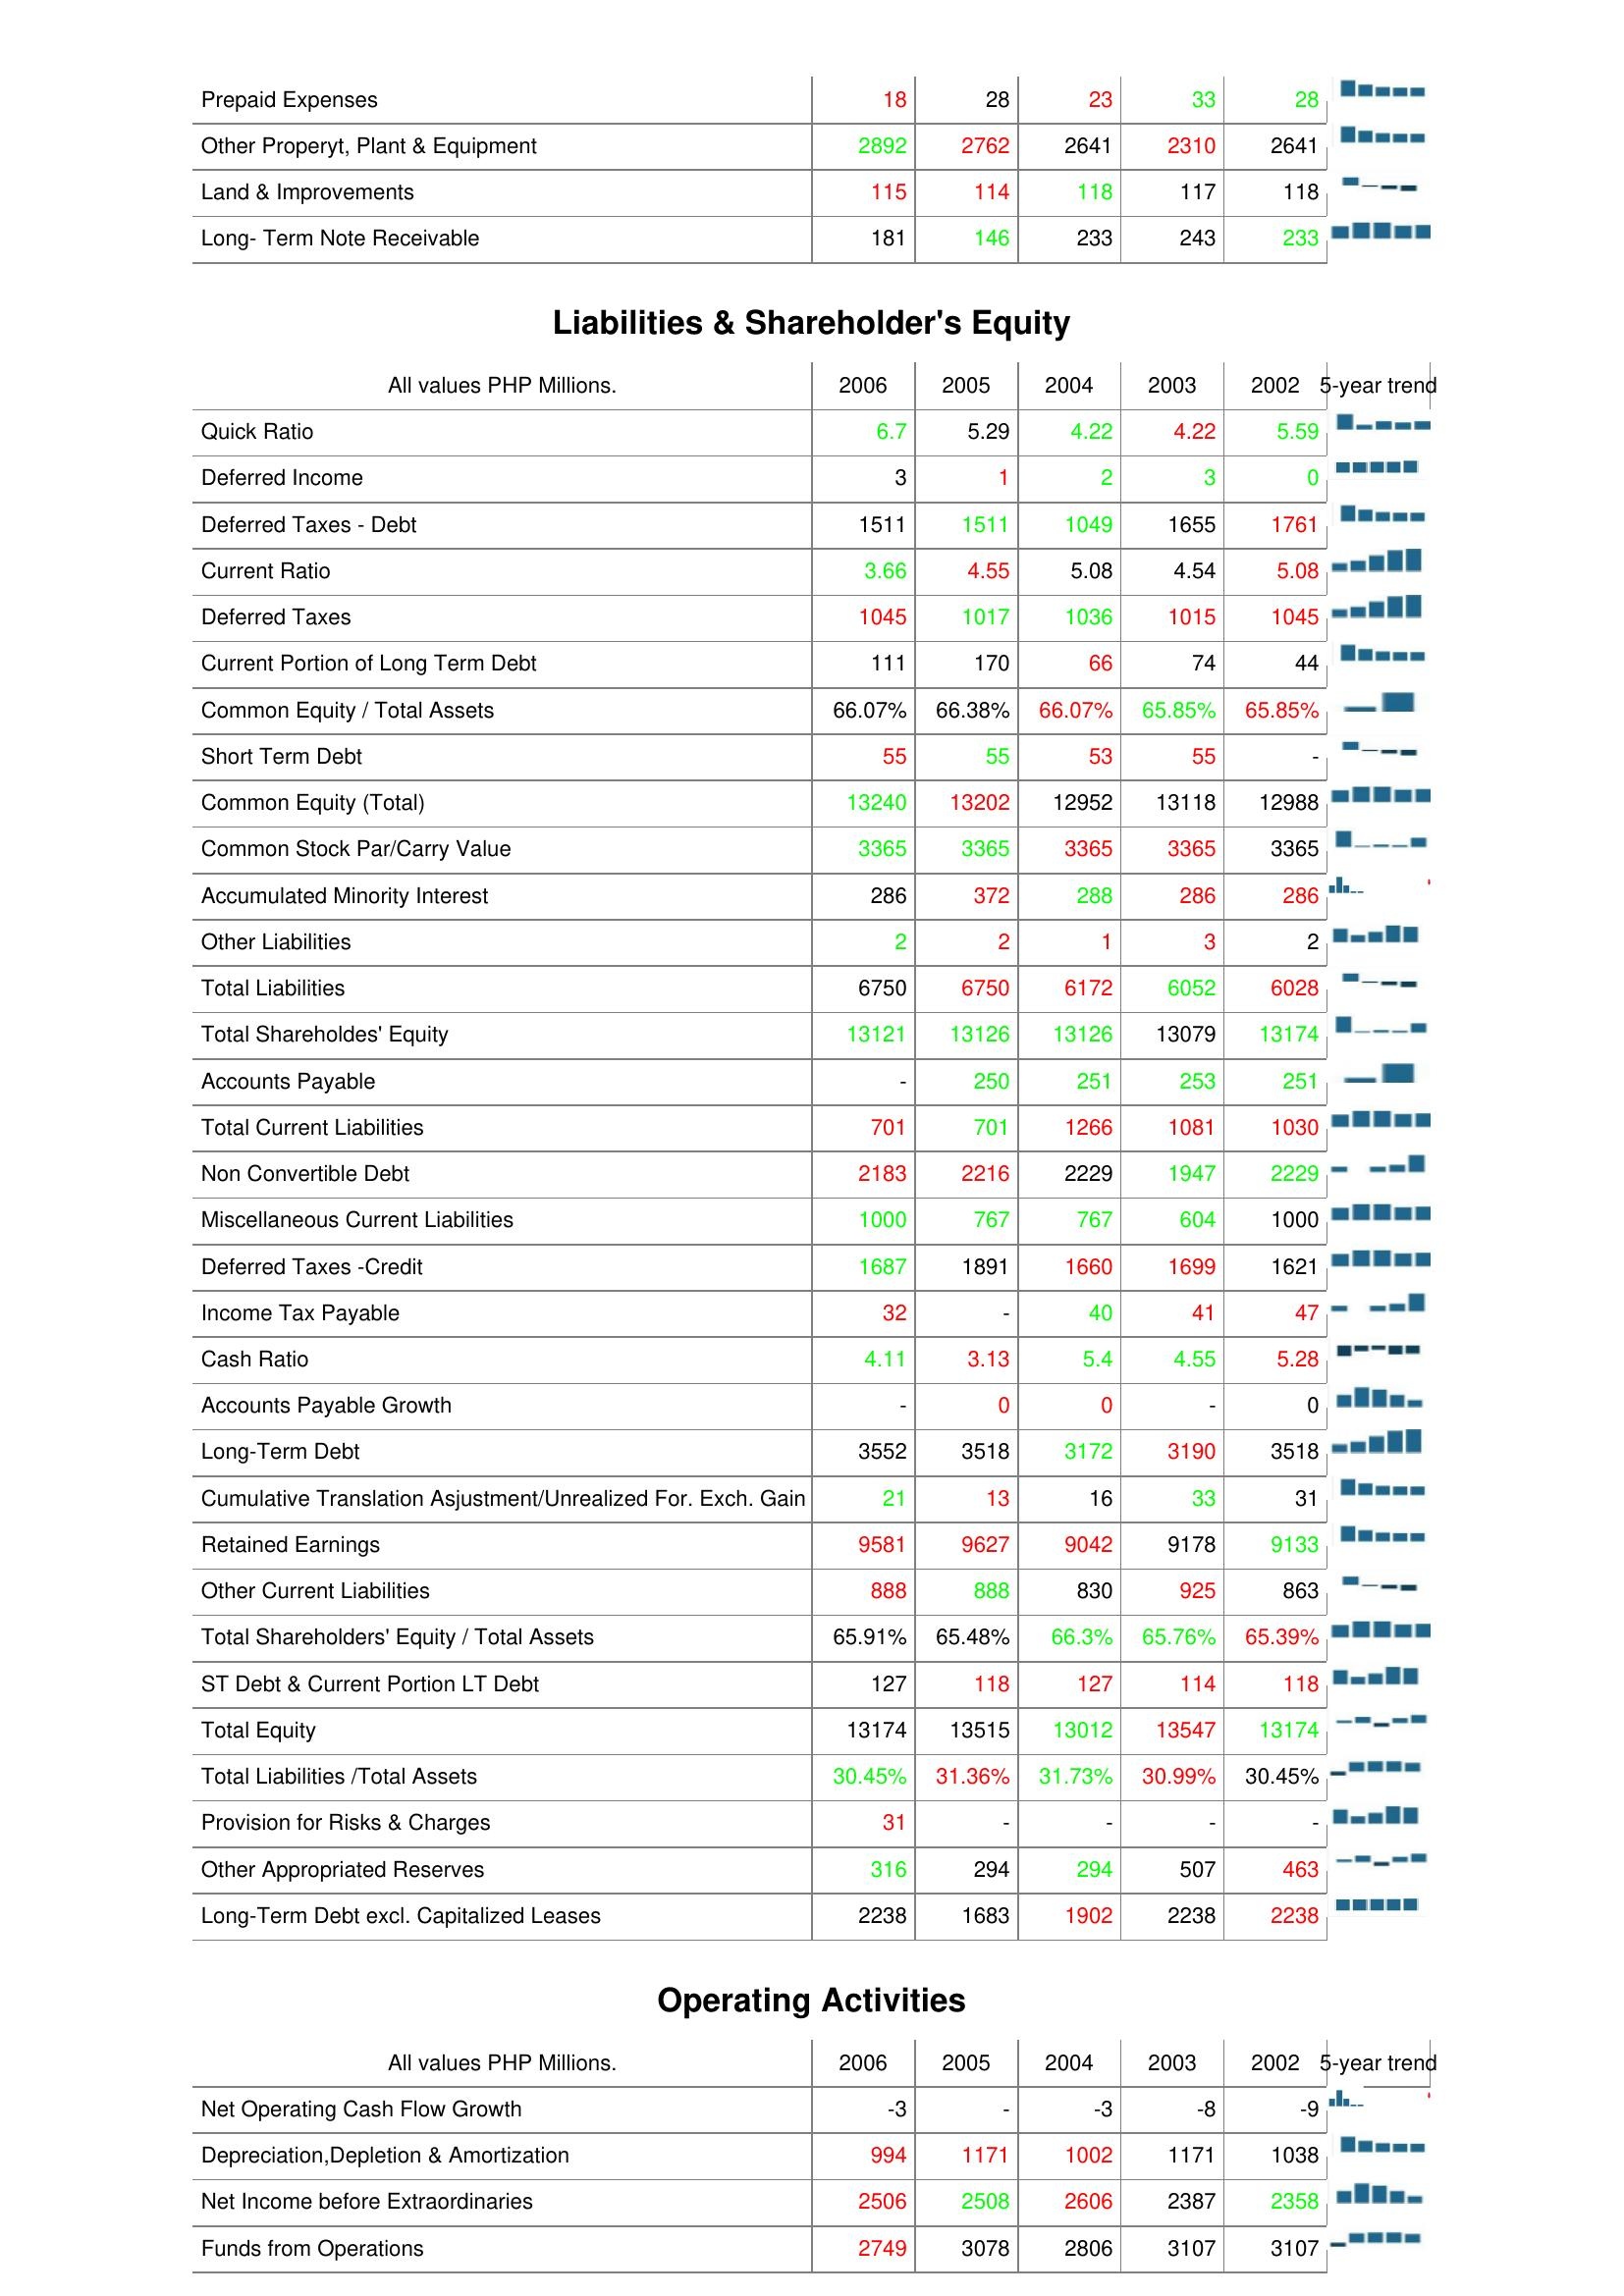
2006: Assets: Prepaid Expenses: 18
Other Properyt, Plant & Equipment: 2892
Land & Improvements: 115
Long- Term Note Receivable: 181
Liabilities & Shareholder's Equity: Quick Ratio: 6.7
Deferred Income: 3
Deferred Taxes - Debt: 1511
Current Ratio: 3.66
Deferred Taxes: 1045
Current Portion of Long Term Debt: 111
Common Equity / Total Assets: 66.07%
Short Term Debt: 55
Common Equity (Total): 13240
Common Stock Par/Carry Value: 3365
Accumulated Minority Interest: 286
Other Liabilities: 2
Total Liabilities: 6750
Total Shareholdes' Equity: 13121
Accounts Payable: -
Total Current Liabilities: 701
Non Convertible Debt: 2183
Miscellaneous Current Liabilities: 1000
Deferred Taxes -Credit: 1687
Income Tax Payable: 32
Cash Ratio: 4.11
Accounts Payable Growth: -
Long-Term Debt: 3552
Cumulative Translation Asjustment/Unrealized For. Exch. Gain: 21
Retained Earnings: 9581
Other Current Liabilities: 888
Total Shareholders' Equity / Total Assets: 65.91%
ST Debt & Current Portion LT Debt: 127
Total Equity: 13174
Total Liabilities /Total Assets: 30.45%
Provision for Risks & Charges: 31
Other Appropriated Reserves: 316
Long-Term Debt excl. Capitalized Leases: 2238
Operating Activities: Net Operating Cash Flow Growth: -3
Depreciation,Depletion & Amortization: 994
Net Income before Extraordinaries: 2506
Funds from Operations: 2749
2005: Assets: Prepaid Expenses: 28
Other Properyt, Plant & Equipment: 2762
Land & Improvements: 114
Long- Term Note Receivable: 146
Liabilities & Shareholder's Equity: Quick Ratio: 5.29
Deferred Income: 1
Deferred Taxes - Debt: 1511
Current Ratio: 4.55
Deferred Taxes: 1017
Current Portion of Long Term Debt: 170
Common Equity / Total Assets: 66.38%
Short Term Debt: 55
Common Equity (Total): 13202
Common Stock Par/Carry Value: 3365
Accumulated Minority Interest: 372
Other Liabilities: 2
Total Liabilities: 6750
Total Shareholdes' Equity: 13126
Accounts Payable: 250
Total Current Liabilities: 701
Non Convertible Debt: 2216
Miscellaneous Current Liabilities: 767
Deferred Taxes -Credit: 1891
Income Tax Payable: -
Cash Ratio: 3.13
Accounts Payable Growth: 0
Long-Term Debt: 3518
Cumulative Translation Asjustment/Unrealized For. Exch. Gain: 13
Retained Earnings: 9627
Other Current Liabilities: 888
Total Shareholders' Equity / Total Assets: 65.48%
ST Debt & Current Portion LT Debt: 118
Total Equity: 13515
Total Liabilities /Total Assets: 31.36%
Provision for Risks & Charges: -
Other Appropriated Reserves: 294
Long-Term Debt excl. Capitalized Leases: 1683
Operating Activities: Net Operating Cash Flow Growth: -
Depreciation,Depletion & Amortization: 1171
Net Income before Extraordinaries: 2508
Funds from Operations: 3078
2004: Assets: Prepaid Expenses: 23
Other Properyt, Plant & Equipment: 2641
Land & Improvements: 118
Long- Term Note Receivable: 233
Liabilities & Shareholder's Equity: Quick Ratio: 4.22
Deferred Income: 2
Deferred Taxes - Debt: 1049
Current Ratio: 5.08
Deferred Taxes: 1036
Current Portion of Long Term Debt: 66
Common Equity / Total Assets: 66.07%
Short Term Debt: 53
Common Equity (Total): 12952
Common Stock Par/Carry Value: 3365
Accumulated Minority Interest: 288
Other Liabilities: 1
Total Liabilities: 6172
Total Shareholdes' Equity: 13126
Accounts Payable: 251
Total Current Liabilities: 1266
Non Convertible Debt: 2229
Miscellaneous Current Liabilities: 767
Deferred Taxes -Credit: 1660
Income Tax Payable: 40
Cash Ratio: 5.4
Accounts Payable Growth: 0
Long-Term Debt: 3172
Cumulative Translation Asjustment/Unrealized For. Exch. Gain: 16
Retained Earnings: 9042
Other Current Liabilities: 830
Total Shareholders' Equity / Total Assets: 66.3%
ST Debt & Current Portion LT Debt: 127
Total Equity: 13012
Total Liabilities /Total Assets: 31.73%
Provision for Risks & Charges: -
Other Appropriated Reserves: 294
Long-Term Debt excl. Capitalized Leases: 1902
Operating Activities: Net Operating Cash Flow Growth: -3
Depreciation,Depletion & Amortization: 1002
Net Income before Extraordinaries: 2606
Funds from Operations: 2806
2003: Assets: Prepaid Expenses: 33
Other Properyt, Plant & Equipment: 2310
Land & Improvements: 117
Long- Term Note Receivable: 243
Liabilities & Shareholder's Equity: Quick Ratio: 4.22
Deferred Income: 3
Deferred Taxes - Debt: 1655
Current Ratio: 4.54
Deferred Taxes: 1015
Current Portion of Long Term Debt: 74
Common Equity / Total Assets: 65.85%
Short Term Debt: 55
Common Equity (Total): 13118
Common Stock Par/Carry Value: 3365
Accumulated Minority Interest: 286
Other Liabilities: 3
Total Liabilities: 6052
Total Shareholdes' Equity: 13079
Accounts Payable: 253
Total Current Liabilities: 1081
Non Convertible Debt: 1947
Miscellaneous Current Liabilities: 604
Deferred Taxes -Credit: 1699
Income Tax Payable: 41
Cash Ratio: 4.55
Accounts Payable Growth: -
Long-Term Debt: 3190
Cumulative Translation Asjustment/Unrealized For. Exch. Gain: 33
Retained Earnings: 9178
Other Current Liabilities: 925
Total Shareholders' Equity / Total Assets: 65.76%
ST Debt & Current Portion LT Debt: 114
Total Equity: 13547
Total Liabilities /Total Assets: 30.99%
Provision for Risks & Charges: -
Other Appropriated Reserves: 507
Long-Term Debt excl. Capitalized Leases: 2238
Operating Activities: Net Operating Cash Flow Growth: -8
Depreciation,Depletion & Amortization: 1171
Net Income before Extraordinaries: 2387
Funds from Operations: 3107
2002: Assets: Prepaid Expenses: 28
Other Properyt, Plant & Equipment: 2641
Land & Improvements: 118
Long- Term Note Receivable: 233
Liabilities & Shareholder's Equity: Quick Ratio: 5.59
Deferred Income: 0
Deferred Taxes - Debt: 1761
Current Ratio: 5.08
Deferred Taxes: 1045
Current Portion of Long Term Debt: 44
Common Equity / Total Assets: 65.85%
Short Term Debt: -
Common Equity (Total): 12988
Common Stock Par/Carry Value: 3365
Accumulated Minority Interest: 286
Other Liabilities: 2
Total Liabilities: 6028
Total Shareholdes' Equity: 13174
Accounts Payable: 251
Total Current Liabilities: 1030
Non Convertible Debt: 2229
Miscellaneous Current Liabilities: 1000
Deferred Taxes -Credit: 1621
Income Tax Payable: 47
Cash Ratio: 5.28
Accounts Payable Growth: 0
Long-Term Debt: 3518
Cumulative Translation Asjustment/Unrealized For. Exch. Gain: 31
Retained Earnings: 9133
Other Current Liabilities: 863
Total Shareholders' Equity / Total Assets: 65.39%
ST Debt & Current Portion LT Debt: 118
Total Equity: 13174
Total Liabilities /Total Assets: 30.45%
Provision for Risks & Charges: -
Other Appropriated Reserves: 463
Long-Term Debt excl. Capitalized Leases: 2238
Operating Activities: Net Operating Cash Flow Growth: -9
Depreciation,Depletion & Amortization: 1038
Net Income before Extraordinaries: 2358
Funds from Operations: 3107